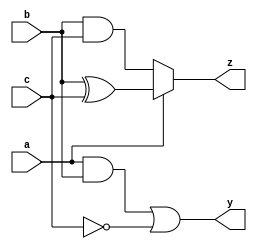
module combinational_logic (
    input wire a,      // Input signal a
    input wire b,      // Input signal b
    input wire c,      // Input signal c
    output reg y,      // Output signal y
    output reg z       // Output signal z
);

always @(*) begin
    // Combinational logic for output y
    y = (a & b) | (~c); // y is true if a AND b is true or NOT c is true
    
    // Combinational logic for output z
    if (a) begin
        z = b ^ c;      // z is the XOR of b and c if a is true
    end else begin
        z = b & c;      // z is the AND of b and c if a is false
    end
end

endmodule